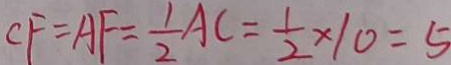
C F = A F = \frac { 1 } { 2 } A C = \frac { 1 } { 2 } \times 1 0 = 5